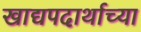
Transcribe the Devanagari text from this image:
खाद्यपदार्थाच्या